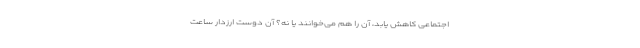
اجتماعی کاهش یابد، آن را هم می‌خوانند یا نه؟ آن دوستِ ارزدار ساعت